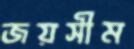
জয়সীম